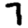
Digit: 7